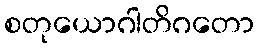
စတုယောဂါတိဂတော